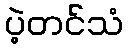
ပဲ့တင်သံ